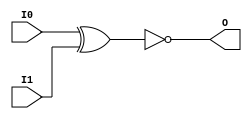
// $Header: /devl/xcs/repo/env/Databases/CAEInterfaces/verunilibs/s/XNOR2.v,v 1.8.22.1 2003/11/18 20:41:40 wloo Exp $

/*

FUNCTION	: 2-INPUT XNOR GATE

*/

`timescale  100 ps / 10 ps


module XNOR2 (O, I0, I1);

    output O;

    input  I0, I1;

	xnor X1 (O, I0, I1);

    specify
	(I0 *> O) = (0, 0);
	(I1 *> O) = (0, 0);
    endspecify

endmodule